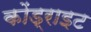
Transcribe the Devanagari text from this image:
कोंड्राइट